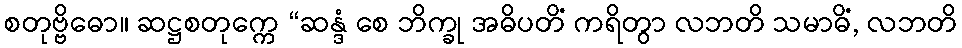
စတုဗ္ဗိဓော။ ဆဋ္ဌစတုက္ကေ “ဆန္ဒံ စေ ဘိက္ခု အဓိပတိံ ကရိတွာ လဘတိ သမာဓိံ, လဘတိ